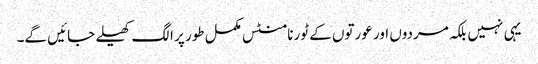
یہی نہیں بلکہ مردوں اور عورتوں کے ٹورنامنٹس مکمل طور پر الگ کھیلے جائیں گے۔